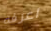
اعرفه